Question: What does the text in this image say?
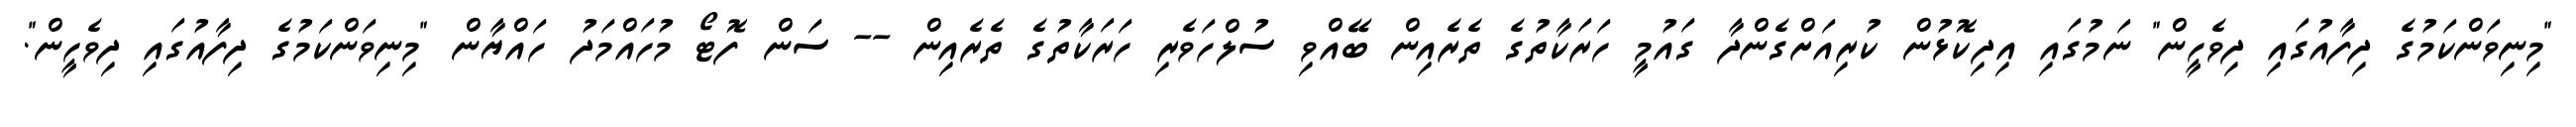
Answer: "މިނިވަންކަމުގެ ދިފާއުގައި ދިވެހީން" ނަމުގައި އިދިކޮޅުން ކުރިއަށްގެންދާ ގައުމީ ހަރަކާތުގެ ތެރެއިން ބޭއްވި ސުލްހަވެރި ހަރަކާތުގެ ތެރެއިން -- ސަން ފޮޓޯ މުހައްމަދު ހައްޔާން "މިނިވަންކަމުގެ ދިފާއުގައި ދިވެހީން".